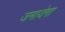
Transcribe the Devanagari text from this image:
जमायेगा